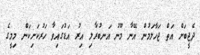
ދެޖީބަށް އަތް ޖަހާލަމުން އޭނާ މޫނު އަނބުރާލި އިރު އަޑުގައިވާ ހަރުކަށިކަން މިމީގެ